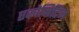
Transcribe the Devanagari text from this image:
एकोनिटिन